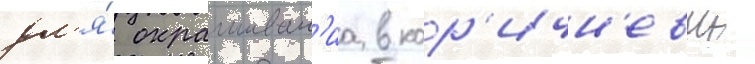
дл'я́ окрашиван'иа в кор'ичн'евыи